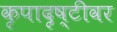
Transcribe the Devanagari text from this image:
कृपादृष्टीवर